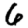
Digit: 6